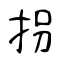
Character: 拐